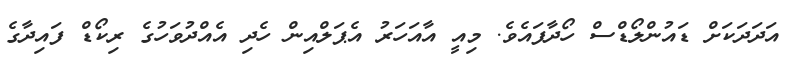
އަދަދަކަށް ޑައުންލޯޑްސް ހޯދާފައެވެ. މިއީ އާއަހަރު އެޕަލްއިން ހެދި އެއްދުވަހުގެ ރިކޯޑް ފައިދާގެ